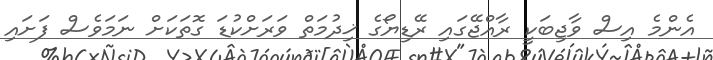
އެންމެ އިސް ވާޖިބަކީ ރާއްޖޭގައި ރޭޑިޔޯގެ ޚިދުމަތް ވަރަށްކުޑަ ގޮތަކަށް ނަމަވެސް ފަށައި